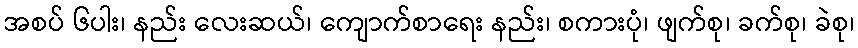
အစပ် ၆ပါး၊ နည်း လေးဆယ်၊ ကျောက်စာရေး နည်း၊ စကားပုံ၊ ဖျက်စု၊ ခက်စု၊ ခဲစု၊